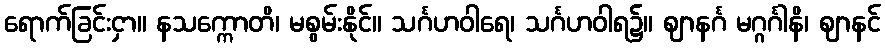
ရောက်ခြင်းငှာ။ နသက္ကောတိ၊ မစွမ်းနိုင်။ သင်္ဂဟဝါရေ၊ သင်္ဂဟဝါရ၌။ ဈာနင်္ဂ မဂ္ဂင်္ဂါနိ၊ ဈာနင်